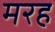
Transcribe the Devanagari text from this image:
मरह